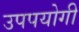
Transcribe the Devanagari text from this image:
उपपयोगी